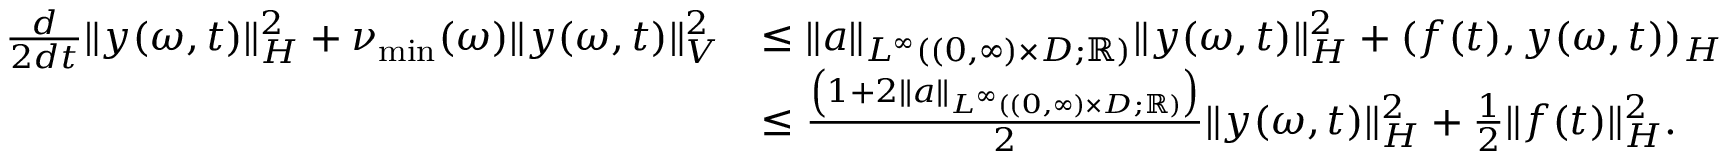
\begin{array} { r l } { \frac { d } { 2 d t } \| y ( \omega , t ) \| _ { H } ^ { 2 } + \nu _ { \operatorname* { m i n } } ( \omega ) \| y ( \omega , t ) \| _ { V } ^ { 2 } } & { \leq \| a \| _ { L ^ { \infty } ( ( 0 , \infty ) \times D ; \mathbb { R } ) } \| y ( \omega , t ) \| _ { H } ^ { 2 } + ( f ( t ) , y ( \omega , t ) ) _ { H } } \\ & { \leq \frac { \left( 1 + 2 \| a \| _ { L ^ { \infty } ( ( 0 , \infty ) \times D ; \mathbb { R } ) } \right) } { 2 } \| y ( \omega , t ) \| _ { H } ^ { 2 } + \frac { 1 } { 2 } \| f ( t ) \| _ { H } ^ { 2 } . } \end{array}